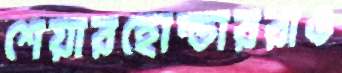
শেয়ারহোল্ডাররাও